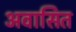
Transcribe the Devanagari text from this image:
अवासित